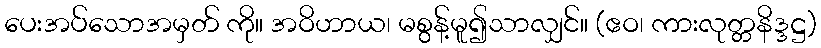
ပေးအပ်သောအမှတ် ကို။ အဝိဟာယ၊ မစွန့်မူ၍သာလျှင်။ (ဧဝ၊ ကားလုတ္တနိဒ္ဒဋ္ဌ)